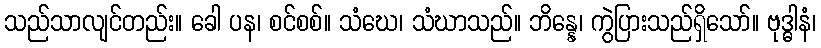
သည်သာလျင်တည်း။ ခေါ ပန၊ စင်စစ်။ သံဃေ၊ သံဃာသည်။ ဘိန္နေ၊ ကွဲပြားသည်ရှိသော်။ ဗုဒ္ဓါနံ၊